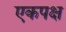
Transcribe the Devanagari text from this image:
एकपक्ष